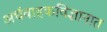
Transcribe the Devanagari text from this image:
अर्धवाहकविज्ञानात